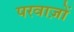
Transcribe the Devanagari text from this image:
परवाज़ों